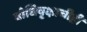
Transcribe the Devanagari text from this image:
बोधिवृक्षाचीही